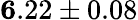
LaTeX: {\mathbf 6.22\pm 0.08}